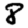
Digit: 8